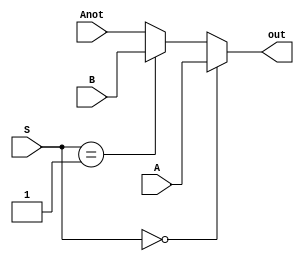
`timescale 1ns / 1ps
//////////////////////////////////////////////////////////////////////////////////
// Company: 
// Engineer: 
// 
// Design Name: 
// Module Name: mux3_1
// Project Name: 
// Target Devices: 
// Tool Versions: 
// Description: 
// 
// Dependencies: 
// 
// Revision:
// Revision 0.01 - File Created
// Additional Comments:
// 
//////////////////////////////////////////////////////////////////////////////////


module mux3_1(A, B, Anot, S, out);
    
    input [31:0] A, B, Anot;
    input [1:0] S;
    output reg [31:0] out;
    
    always @(A, B, Anot, S)
    begin
    if(S==2'b00)
        out = A;
    else
        if(S==2'b01)
            out = B;
        else
            out = Anot;        
    end
endmodule